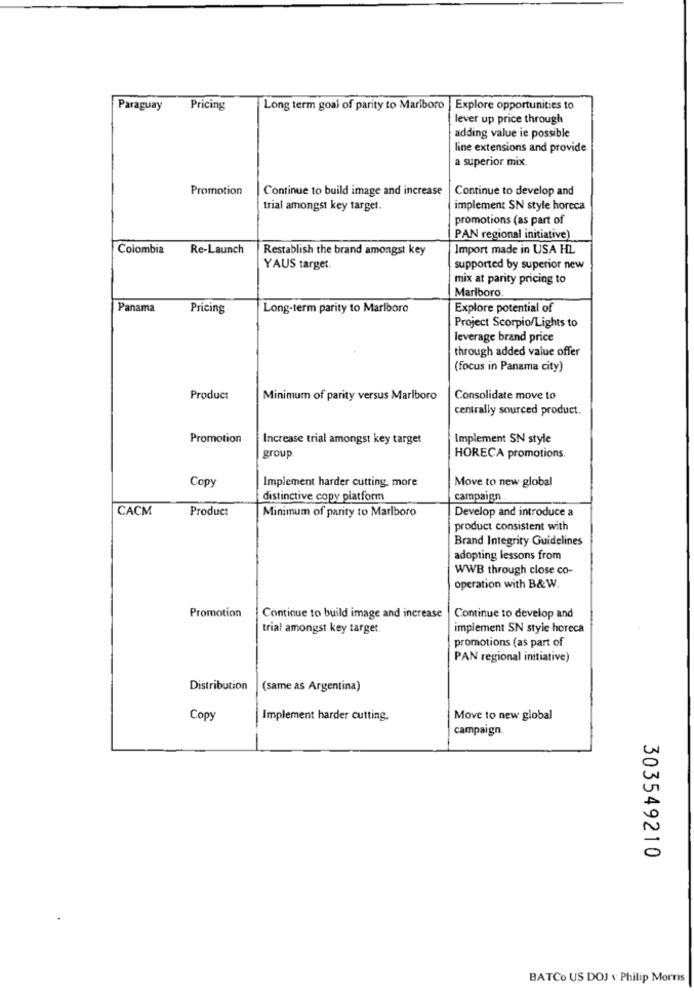
Paraguay
Pricing
Long term goal of parity to Marlboro | Explore opportunities to
lever up price through
adding value ie possible
line extensions and provide
a superior mix
Promotion
Continue to build image and increase
Continue to develop and
trial amongst key target.
implement SN style horeca
promotions (as part of
PAN regional initiative)
Colombia
Re-Launch
Restablish the brand amongst key
Import made in USA HL
YAUS target.
supported by superior new
mix at parity pricing to
Marlboro.
Panama
Pricing
Long-term parity to Marlboro
Explore potential of
Project Scorpio/Lights to
leverage brand price
through added value offer
(focus in Panama city)
Product
Minimum of parity versus Marlboro
Consolidate move to
centrally sourced product.
Promotion
Increase trial amongst key target
Implement SN style
group
HORECA promotions.
Copy
Implement harder cutting, more
Move to new global
distinctive copy platform
campaign.
CACM
Product
Develop and introduce a
Minimum of parity to Marlboro
product consistent with
Brand Integrity Guidelines
adopting lessons from
WWB through close co-
operation with B&W.
Promotion
Continue to build image and increase
Continue to develop and
trial amongst key target.
implement SN style horeca
promotions (as part of
PAN regional initiative)
Distribution
(same as Argentina)
Copy
Implement harder cutting.
Move to new global
campaign.
303549210
BATCo US DOJ v Philip Morris